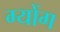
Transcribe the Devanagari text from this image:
ग्योंग